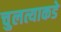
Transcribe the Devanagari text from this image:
चुलत्याकडे